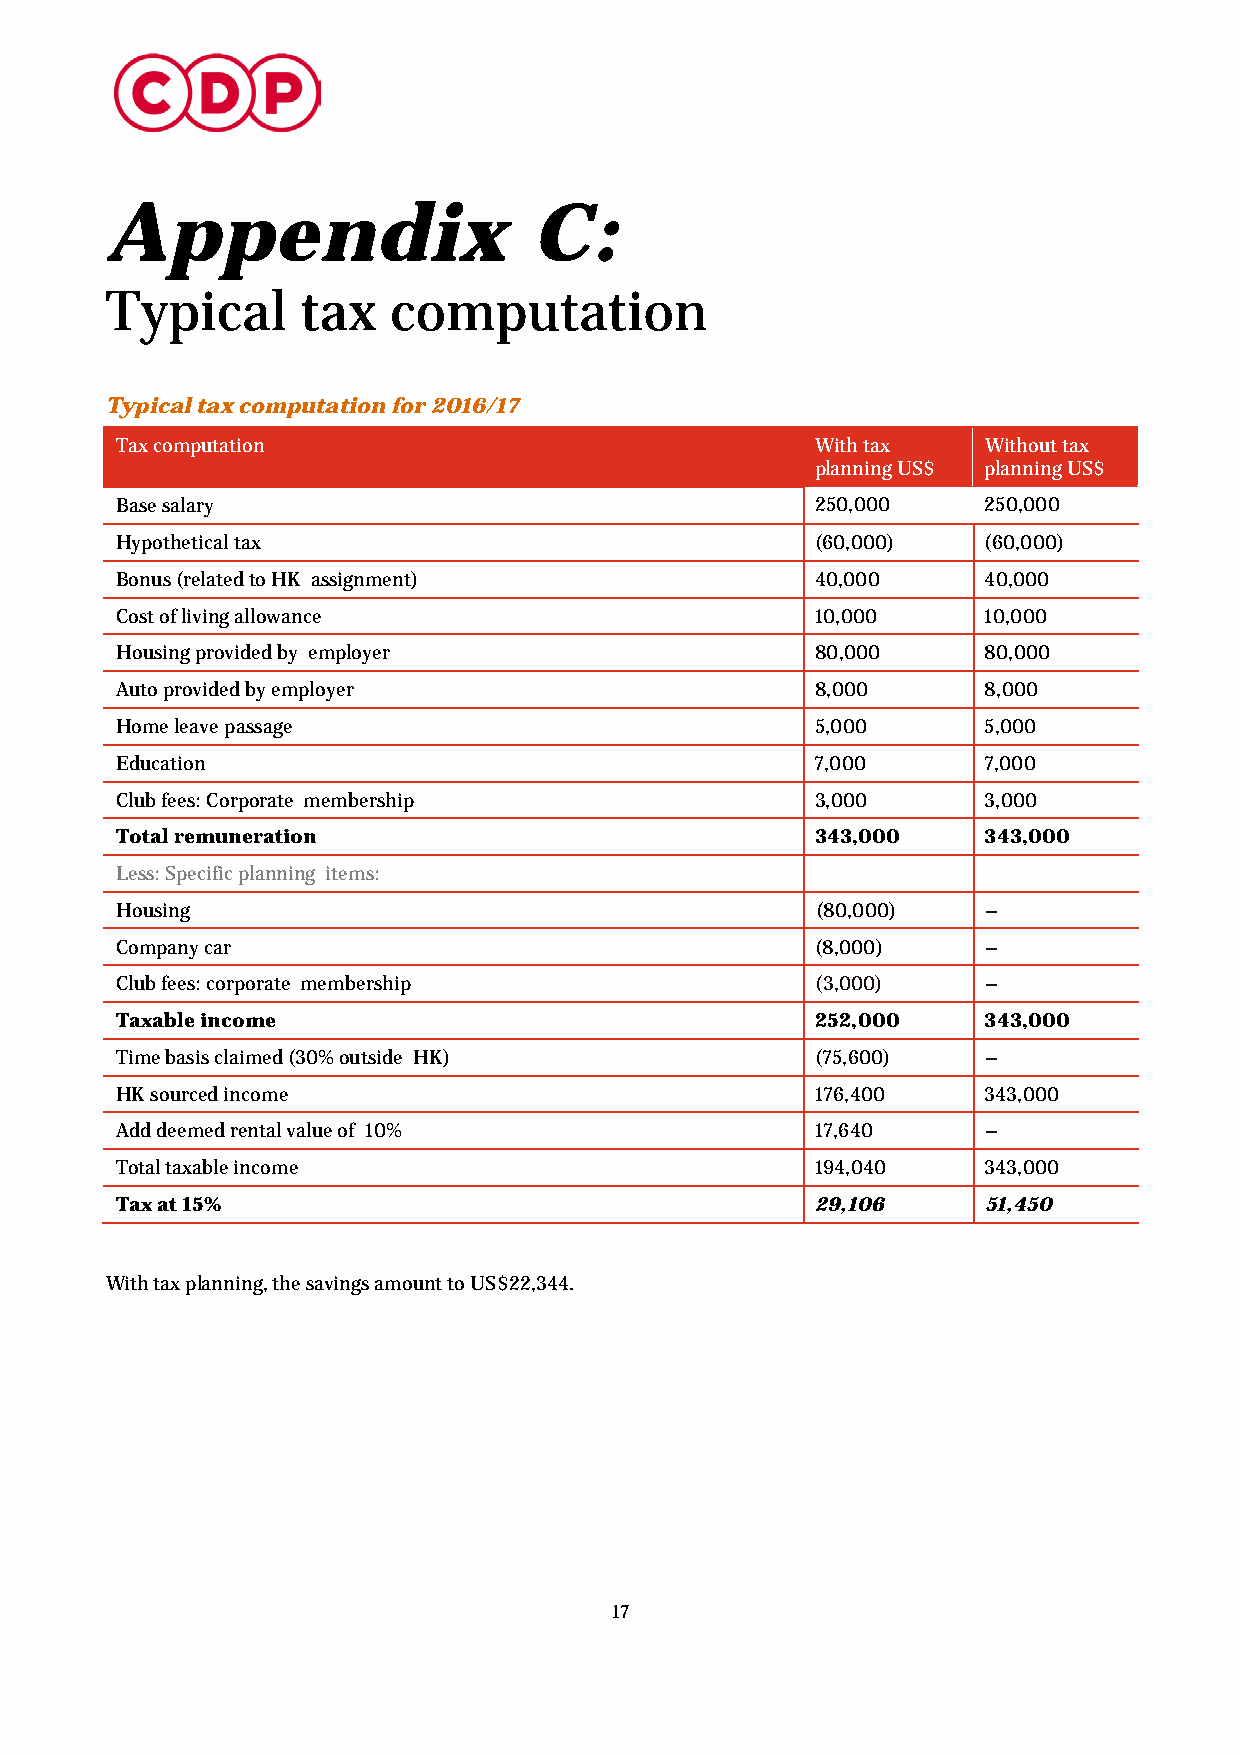
Appendix                    C:
 Typical      tax   computation
 Typical tax computation for 2016/17
 Tax computation                               With tax   Without tax
 planning US$ planning US$
 Base salary                                   250,000    250,000
 Hypothetical tax                              (60,000)   (60,000)
 Bonus (related to HK assignment)              40,000     40,000
 Cost of living allowance                      10,000     10,000
 Housing provided by employer                  80,000     80,000
 Auto provided by employer                     8,000      8,000
 Home leave passage                            5,000      5,000
 Education                                     7,000      7,000
 Club fees: Corporate membership               3,000      3,000
 Total remuneration                            343,000    343,000
 Less: Specific planning items:
 Housing                                       (80,000)   –
 Company car                                   (8,000)    –
 Club fees: corporate membership               (3,000)    –
 Taxable income                                252,000    343,000
 Time basis claimed (30% outside HK)           (75,600)   –
 HK sourced income                             176,400    343,000
 Add deemed rental value of 10%                17,640     –
 Total taxable income                          194,040    343,000
 Tax at 15%                                    29,106     51,450
 With tax planning, the savings amount to US$22,344.
 17